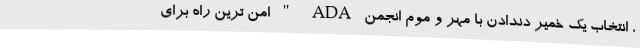
، انتخاب یک خمیر دندادن با مهر و موم انجمن ADA " امن ترین راه برای